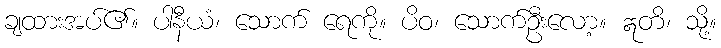
ချထားအပ်၏။ ပါနီယံ၊ သောက် ရေကို။ ပိဝ၊ သောက်ဦးလော့။ ဣတိ၊ သို့။